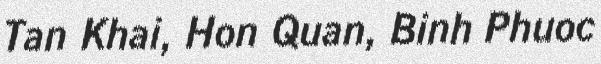
Tan Khai, Hon Quan, Binh Phuoc